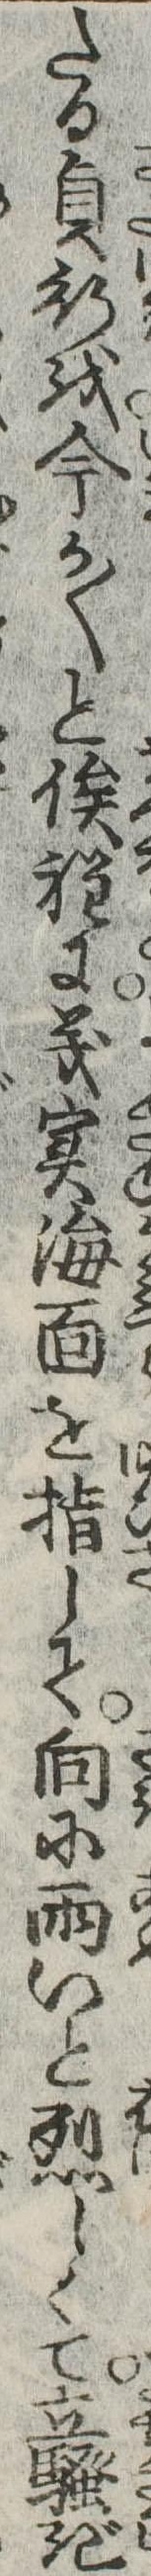
たる貞行を今か〱と俟程に義実海面を指して向に雨いと烈しくて立ぎ